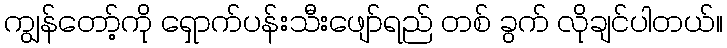
ကျွန်တော့်ကို ရှောက်ပန်းသီးဖျော်ရည် တစ် ခွက် လိုချင်ပါတယ်။